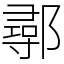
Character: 鄩